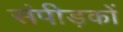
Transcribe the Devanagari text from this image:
संपीड़कों